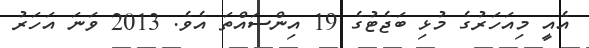
އެއީ މިއަހަރުގެ މުޅި ބަޖެޓުގެ 19 އިންސައްތަ އެވެ. 2013 ވަނަ އަހަރު